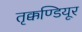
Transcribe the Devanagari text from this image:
तृक्कण्डियूर